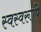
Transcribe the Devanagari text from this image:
स्वस्वरूपिं